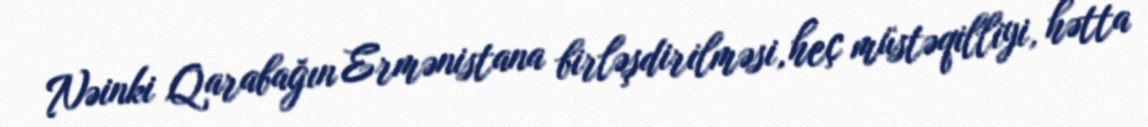
Nəinki Qarabağın Ermənistana birləşdirilməsi, heç müstəqilliyi, hətta